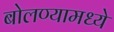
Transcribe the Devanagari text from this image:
बोलण्यामध्ये